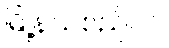
မြို့နယ်စည်ပင်